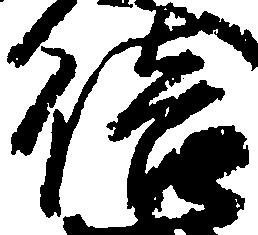
倍